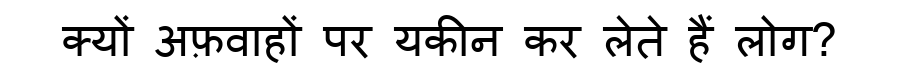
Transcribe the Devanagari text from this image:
क्यों अफ़वाहों पर यकीन कर लेते हैं लोग?